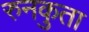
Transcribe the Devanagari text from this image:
रुनकुता